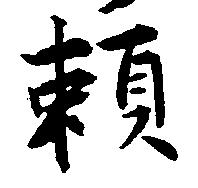
頼